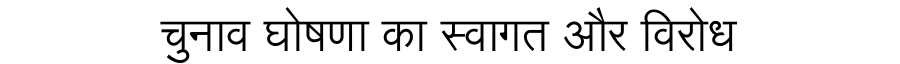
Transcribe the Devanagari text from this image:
चुनाव घोषणा का स्वागत और विरोध